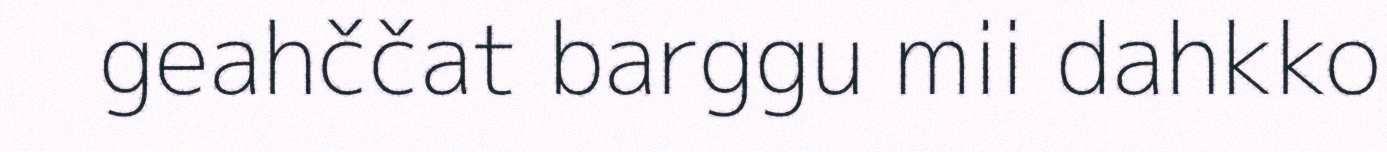
geahččat barggu mii dahkko